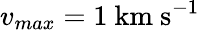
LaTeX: v_{max}=1\ \mathrm{km\ s^{-1}}